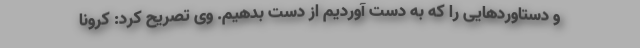
و دستاوردهایی را که به دست آوردیم از دست بدهیم. وی تصریح کرد: کرونا